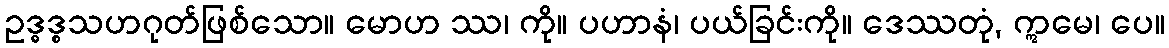
ဥဒ္ဓဒ္စသဟဂုတ်ဖြစ်သော။ မောဟ ဿ၊ ကို။ ပဟာနံ၊ ပယ်ခြင်းကို။ ဒေဿတုံ, ဣမေ၊ ပေ။